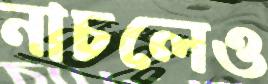
নাচলেও